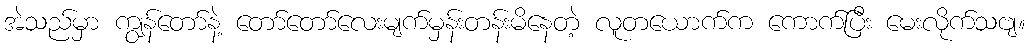
အဲသည်မှာ ကျွန်တော်နဲ့ တော်တော်လေးမျက်မှန်းတန်းမိနေတဲ့ လူတယောက်က ကောက်ပြီး မေးလိုက်သဗျ။